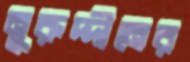
নুরুদ্দীনের